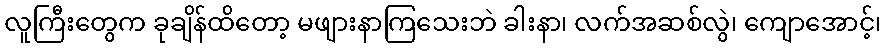
လူကြီးတွေက ခုချိန်ထိတော့ မဖျားနာကြသေးဘဲ ခါးနာ၊ လက်အဆစ်လွဲ၊ ကျောအောင့်၊